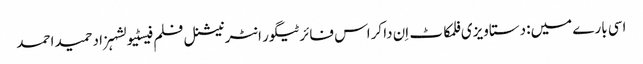
اسی بارے میں: دستاویزی فلمکاٹ اِن دا کراس فائرٹیگور انٹرنیشنل فلم فیسٹیولشہزاد حمید احمد